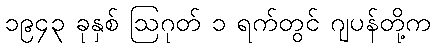
၁၉၄၃ ခုနှစ် ဩဂုတ် ၁ ရက်တွင် ဂျပန်တို့က